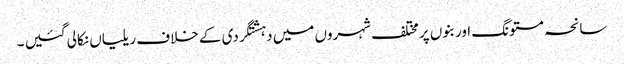
سانحہ مستونگ اور بنوں پرمختلف شہروں میں دہشتگردی کے خلاف ریلیاں نکالی گئیں ۔